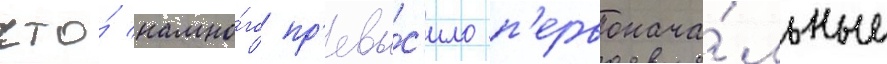
что́ намно́го пр'евы́с'ило п'ервонача́льные